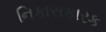
નિકાસકારક